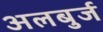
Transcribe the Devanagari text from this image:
अलबुर्ज